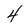
Character: 4